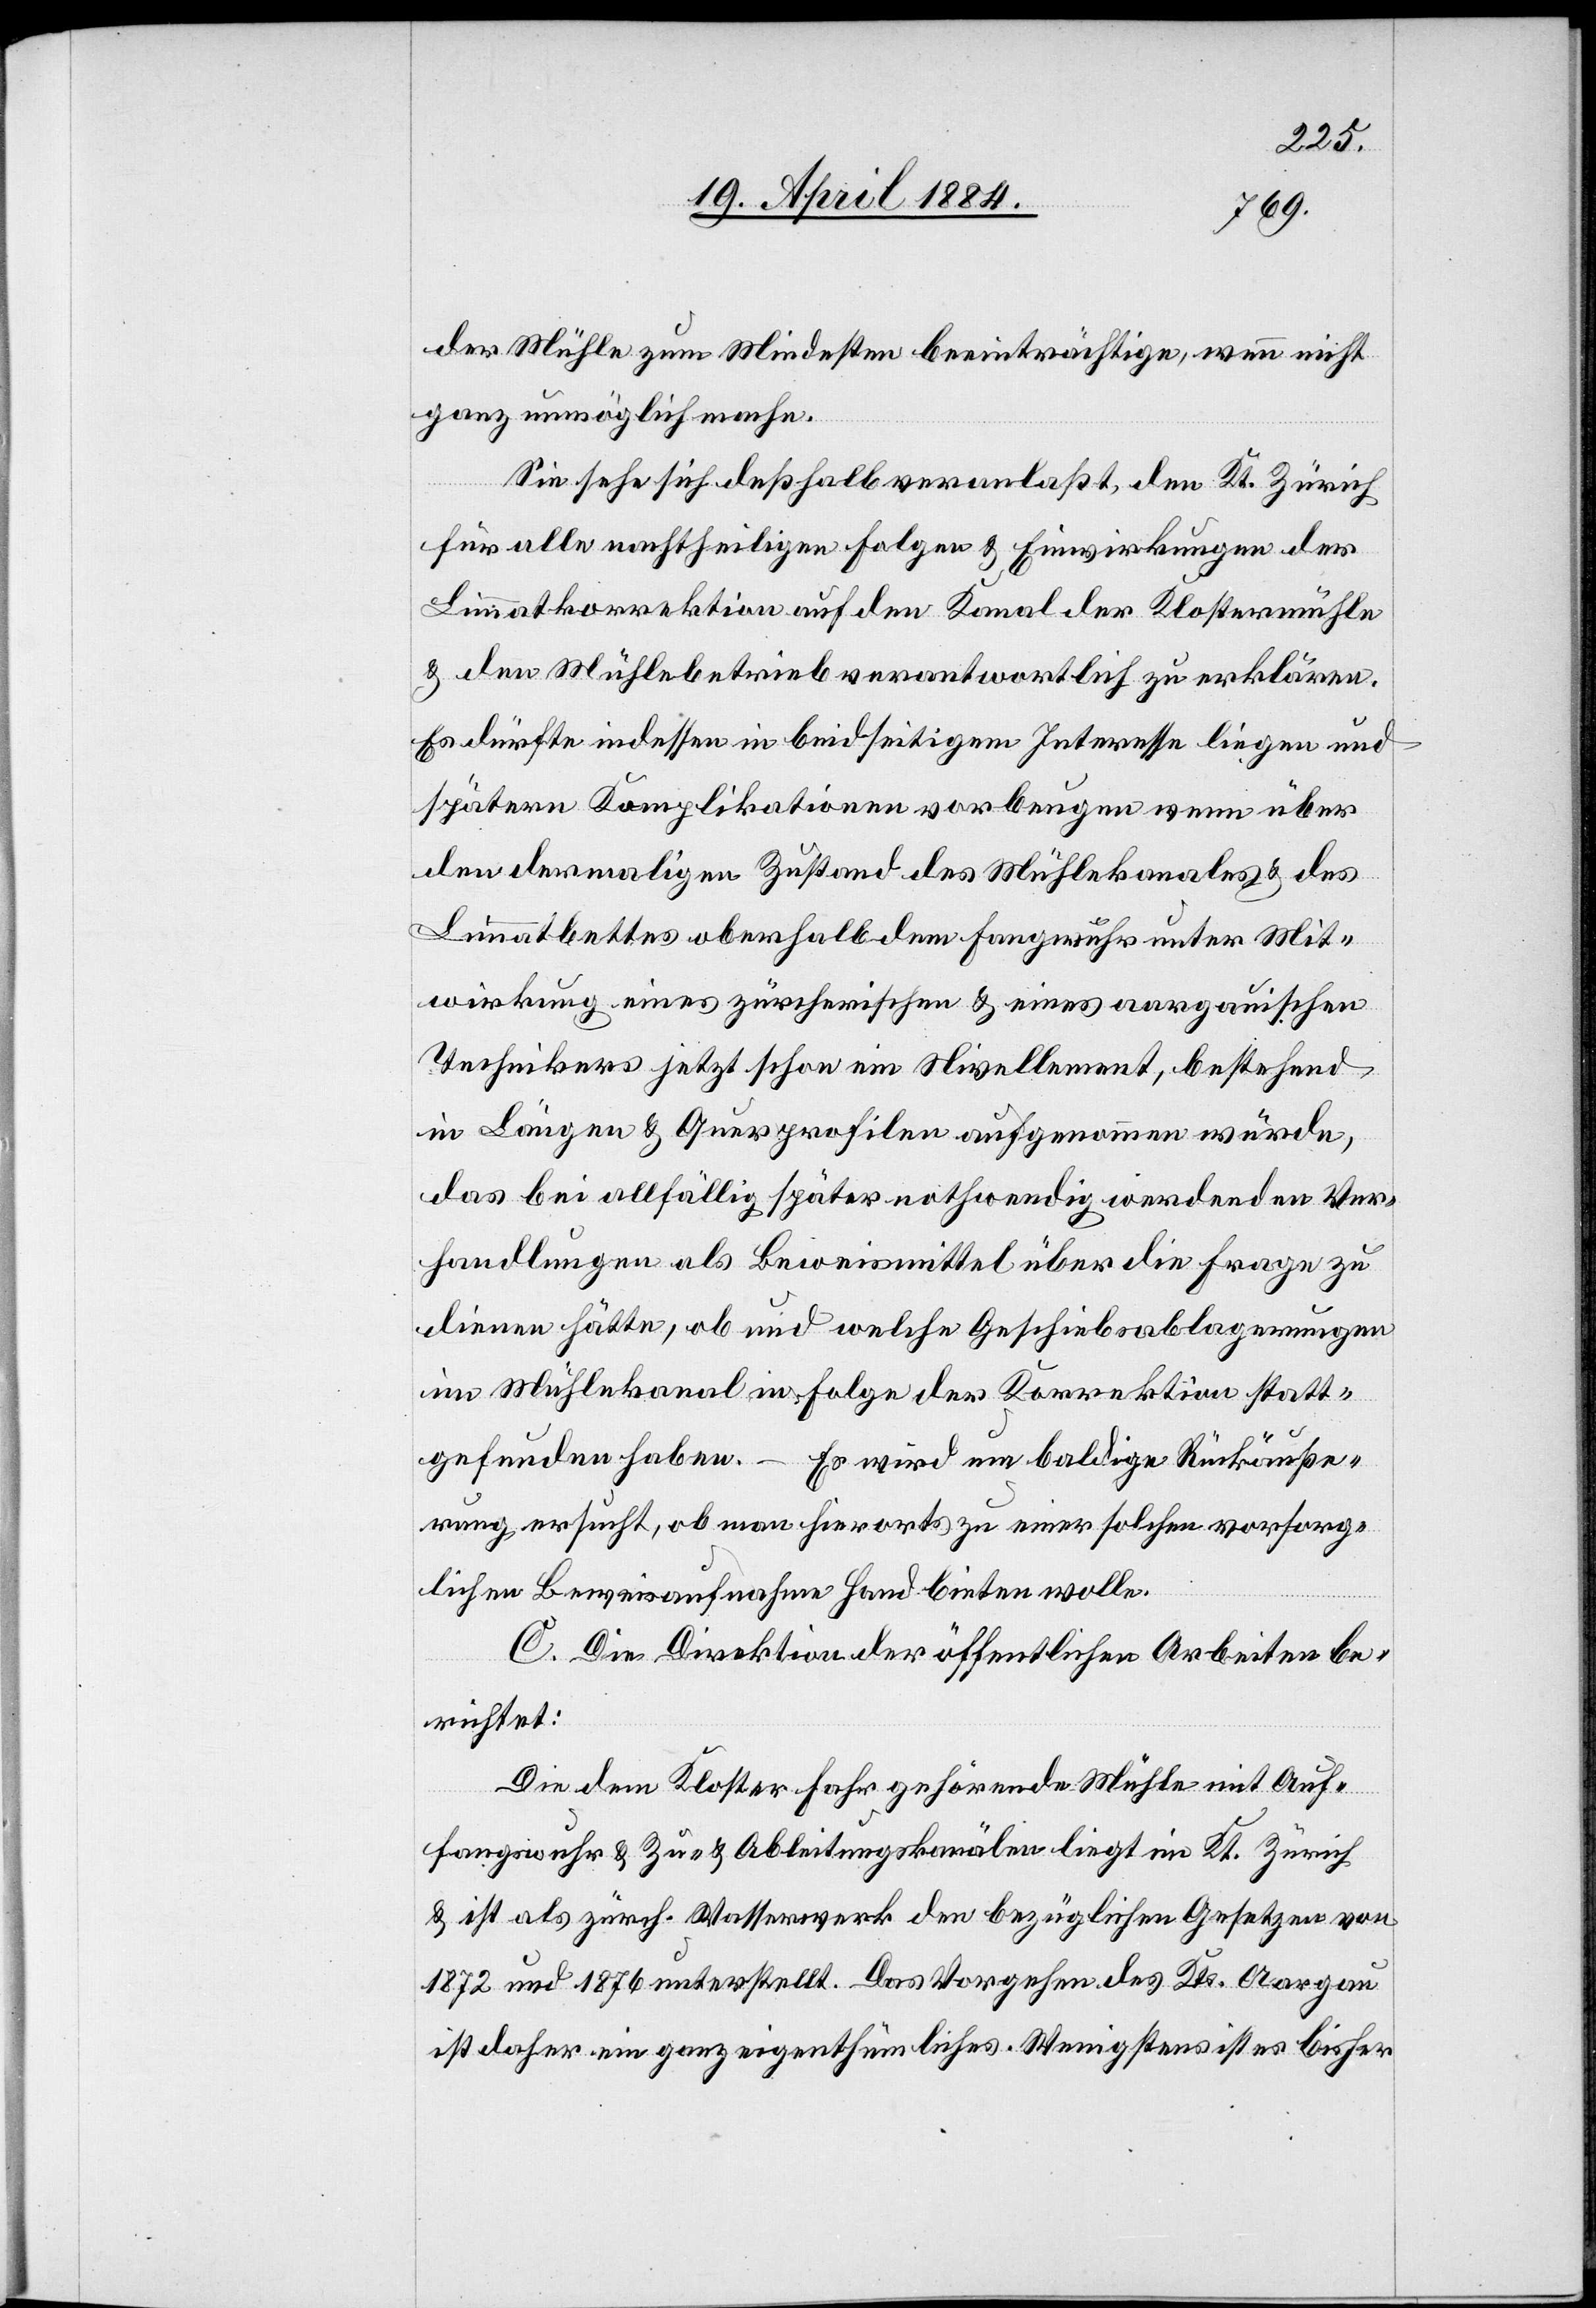
der Mühle zum Mindesten beeinträchtige, wenn nicht
ganz unmöglich mache.
Sie sehe sich deßhalb veranlaßt, den Kt. Zürich
für alle nachtheiligen Folgen & Einwirkungen der
Limmatkorrektion auf den Kanal der Klostermühle
& den Mühlebetrieb verantwortlich zu erklären.
Es dürfte indessen in beidseitigem Interesse liegen und
spätern Komplikationen vorbeugen, wenn über
den dermaligen Zustand des Mühlekanales & des
Limmatbettes oberhalb dem Fangwuhr unter Mit¬
wirkung eines zürcherischen & eines aargauischen
Technikers jetzt schon ein Nivellement, bestehend
in Längen & Querprofilen aufgenommen würde,
das bei allfällig später nothwendig werdenden Ver¬
handlungen als Beweismittel über die Frage zu
dienen hätte, ob und welche Geschiebsablagerungen
im Mühelkanal in Folge der Korrektion statt¬
gefunden haben. – Es wird um baldige Rückäuße¬
rung ersucht, ob man hierorts zu einer solchen vorsorg¬
lichen Beweisaufnahme Hand bieten wolle.
C. Die Direktion der öffentlichen Arbeiten be¬
richtet:
Die dem Kloster Fahr gehörende Mühle mit Auf¬
fangwuhr & Zu- & Ableitungskanälen liegt im Kt. Zürich
& ist als zürch. Wasserwerk den bezüglichen Gesetzen von
1872 und 1876 unterstellt. Das Vorgehen des Kts. Aargau
ist daher ein ganz eigenthümliches. Wenigstens ist es bisher